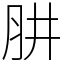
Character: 肼